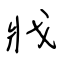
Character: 戕